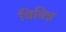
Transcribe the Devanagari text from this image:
विबिन्न